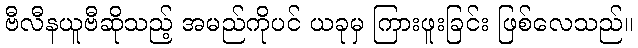
ဗီလီနယူဗီဆိုသည့် အမည်ကိုပင် ယခုမှ ကြားဖူးခြင်း ဖြစ်လေသည်။